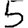
Digit: 5